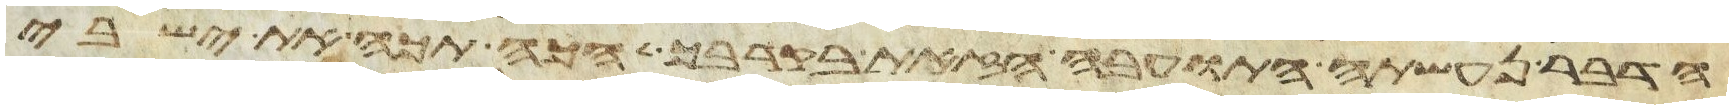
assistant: הדבר נעשתה התועבה הזאת בקרבך הכה תכה את ישבי